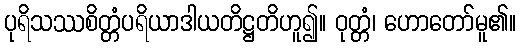
ပုရိသဿစိတ္တံပရိယာဒါယတိဋ္ဌတိဟူ၍။ ဝုတ္တံ၊ ဟောတော်မူ၏။